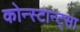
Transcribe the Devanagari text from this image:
कोन्स्टान्ट्सा